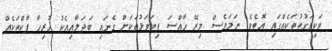
ވަކިވަގުތުތަކެއްގައި އޮތެވެ. ނަމަވެސް މިރޭ ހާއްސަ ފިޔަވަޅުތަކަށް ގެނައި ބަދަލާއިއެކު ހުރިހާ ޕާކްތަކެއް